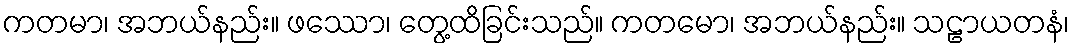
ကတမာ၊ အဘယ်နည်း။ ဖဿော၊ တွေ့ထိခြင်းသည်။ ကတမော၊ အဘယ်နည်း။ သဠာယတနံ၊